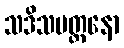
သဒိသမတ္တနော